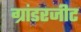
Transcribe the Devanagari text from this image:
ग्रांडरजीट